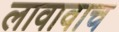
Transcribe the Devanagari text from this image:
लावावाच